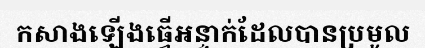
កសាងឡើងធ្វើអន្ទាក់ដែលបានប្រមូល